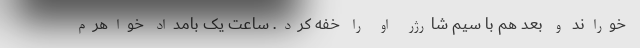
خوراند و بعد هم با سیم شارژر او را خفه کرد. ساعت یک بامداد خواهرم